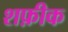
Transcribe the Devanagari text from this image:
शफ़ीक